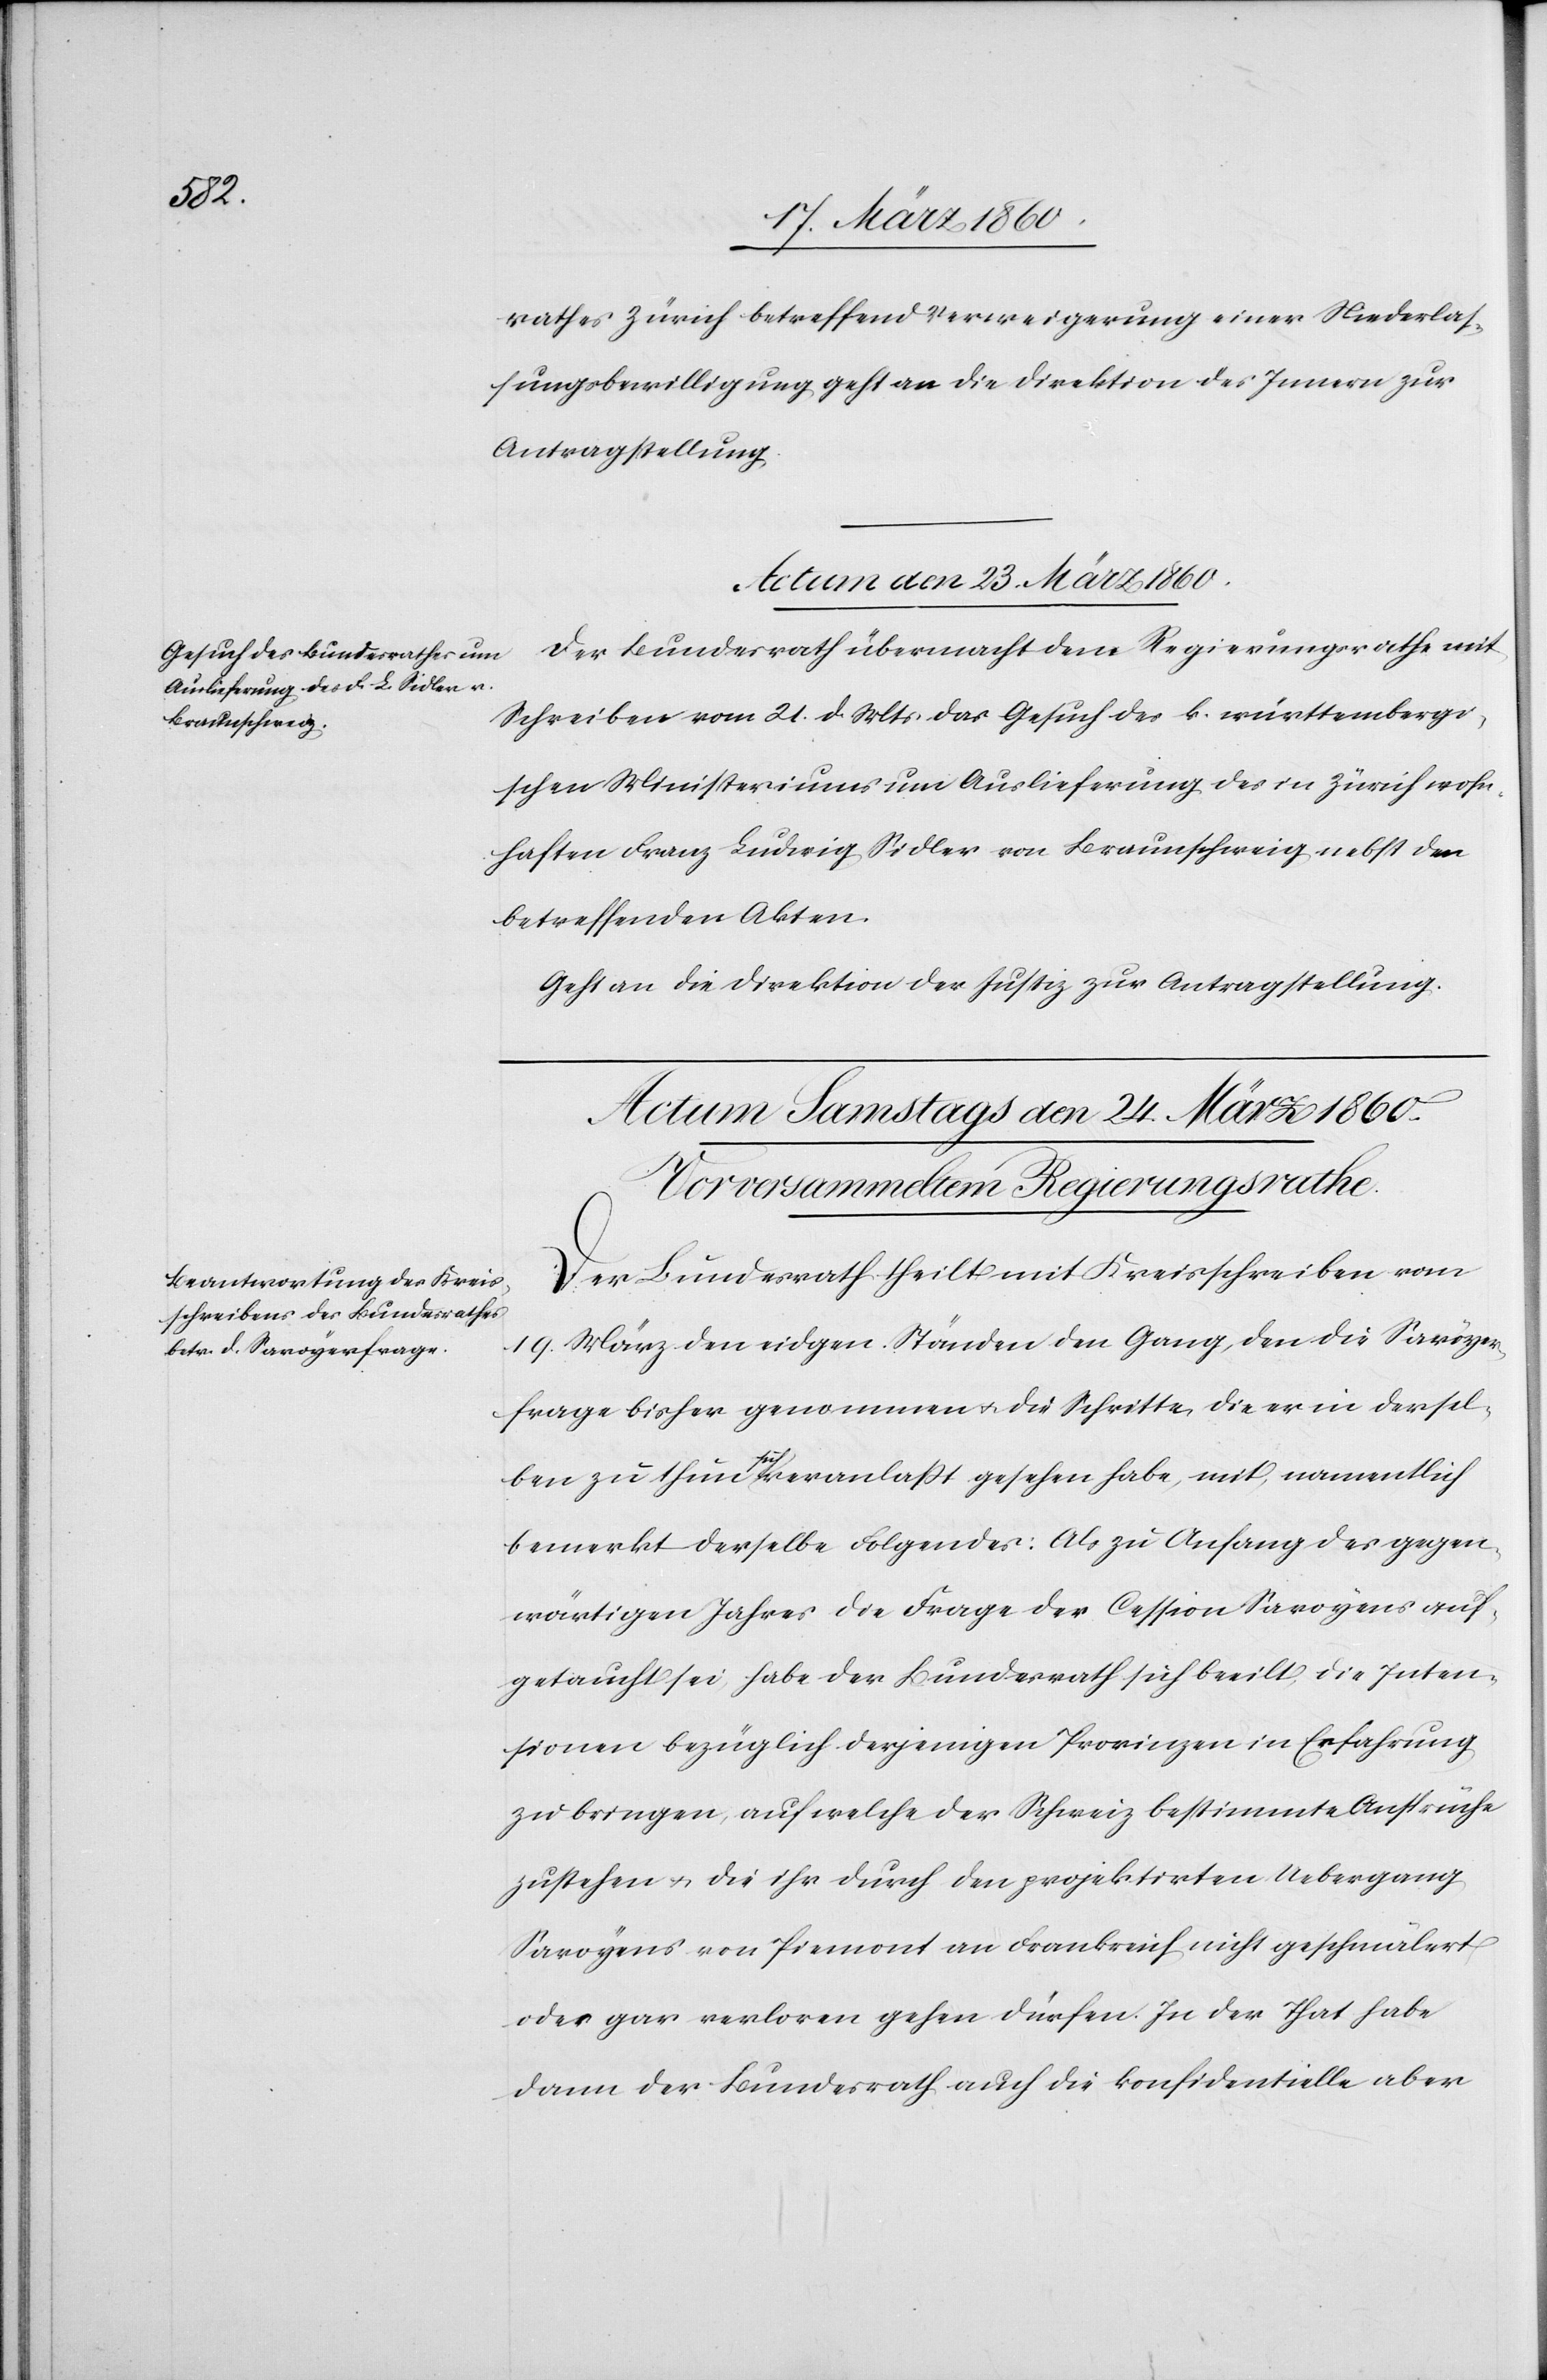
rathes Zürich betreffend Verweigerung einer Niederlas¬
sungsbewilligung geht an die Direktion des Innern zur
Antragstellung.
Actum den 23 März 1860.
Der Bundesrath übermacht dem Regierungsrathe mit
Schreiben vom 21. d. Mts. das Gesuch des k. württembergi¬
schen Ministeriums um Auslieferung des in Zürich wohn¬
haften Franz Ludwig Sidler von Braunschweig nebst den
betreffenden Akten.
Geht an die Direktion der Justiz zur Antragstellung.
Der Bundesrath theilt mit Kreisschreiben vom
19. März den eidgen. Ständen den Gang, den die Savoyer¬
frage bisher genommen u. die Schritte, die er in dersel¬
ben zu thun für veranlasst gesehen habe, mit, namentlich
bemerkt derselbe Folgendes: Als zu Anfang des gegen¬
wärtigen Jahres die Frage der Cession Savoyens auf¬
getaucht sei, habe der Bundesrath sich beeilt, die Inten¬
sionen bezüglich derjenigen Provinzen in Erfahrung
zu bringen, auf welche der Schweiz bestimmte Ansprüche
zustehen u. die ihr durch den projektirten Uebergang
Savoyens von Piemont an Frankreich nicht geschmälert
oder gar verloren gehen dürfen. In der That habe
dann der Bundesrath auch die konfidentielle aber